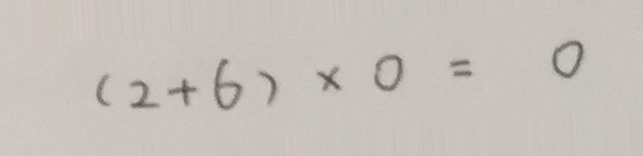
( 2 + 6 ) \times 0 = 0